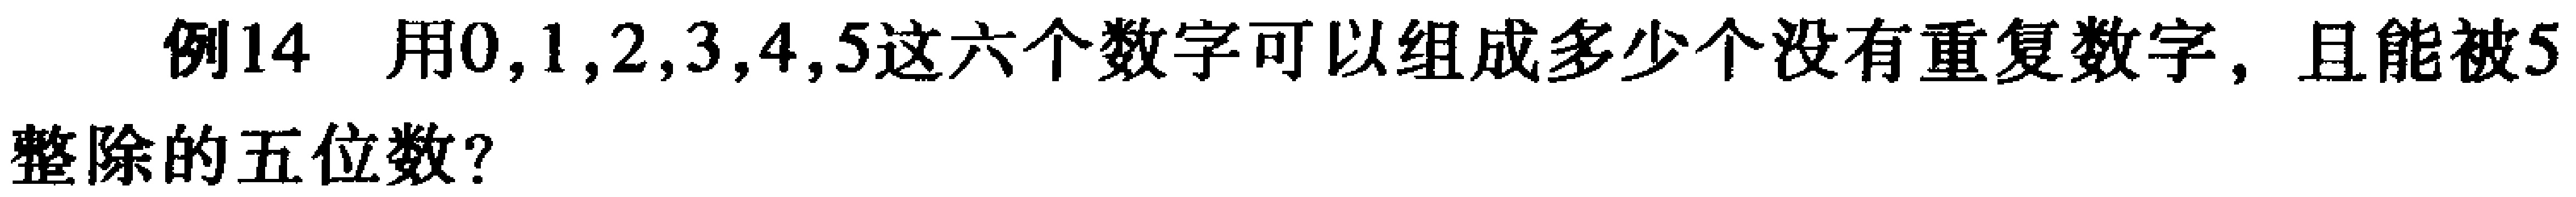
例14 用0,1,2,3,4,5这六个数字可以组成多少个没有重复数字，且能被5整除的五位数？